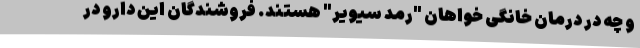
و چه در درمان خانگی خواهان "رمد سیویر" هستند. فروشندگان این دارو در